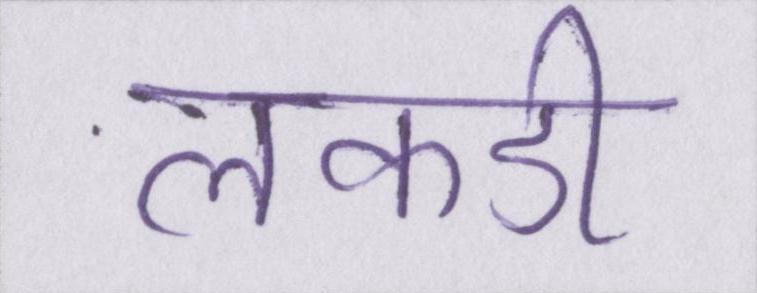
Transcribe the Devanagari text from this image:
लकडी